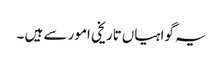
یہ گواہیاں‌تاریخی امور سے ہیں ۔